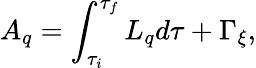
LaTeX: A_{q}=\int_{\tau_{i}}^{\tau_{f}}L_{q}d\tau+\Gamma_{\xi},